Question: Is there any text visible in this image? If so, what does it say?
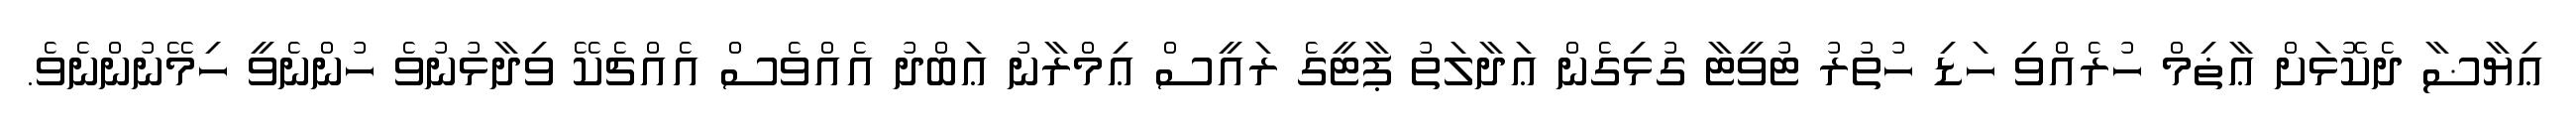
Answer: ޢިޔާޟާ ދެކޮޅަށް ޢާޡިމް ހުރެއްވި ހަޑި ހުތުރު ޓުވީޓާ ގުޅިގެން ޢަދާލަތު ޕާޓީގެ ރައީސް ޢިމްރާނު ޢަބްދު އެއްވެސް އެއްޗެކޭ ވިދާޅުނުވެ ހުންނެވީ ހިމޭނުންނެވެ.